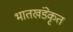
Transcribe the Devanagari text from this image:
भातखंडेकृत